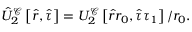
\hat { U } _ { 2 } ^ { \mathcal { C } } \left[ \hat { r } , \hat { \tau } \right] = U _ { 2 } ^ { \mathcal { C } } \left[ \hat { r } r _ { 0 } , \hat { \tau } \tau _ { 1 } \right] / r _ { 0 } .